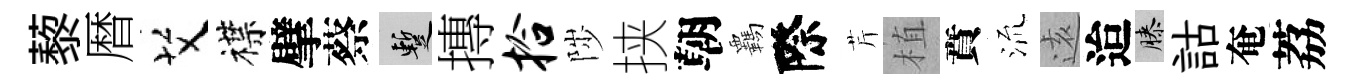
藜暦艾襟擘蔡暫摶拾陟挟朝覊際芹植賁𣴑逺迨膝詁奄荔